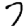
Digit: 7